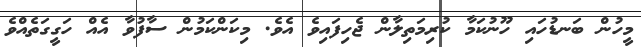
މީހުން ބަނޑުހައި ހޫނުކަމާ ކުރިމަތިލާން ޖެހިފައިވެ އެވެ. މިކަންކަމުން ސާފުވާ އެއް ހަގީގަތެއްވެ